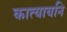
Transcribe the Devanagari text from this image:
कात्यायनि